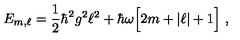
E _ { m , \ell } = \frac { 1 } { 2 } \hbar ^ { 2 } g ^ { 2 } \ell ^ { 2 } + \hbar \omega \Big [ 2 m + | \ell | + 1 \Big ] \ ,